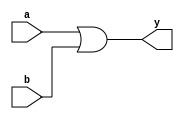
module or_gate(a,b,y);
input a,b;
output y;
or(y,a,b);
endmodule

module testbench();
reg a,b;
wire y;
or_gate sa(a,b,y);
initial
begin
a=0; b=0;
#5 a=0; b=1;
#5 a=1; b=0;
#5 a=1; b=1;
#5 $finish;
end
endmodule